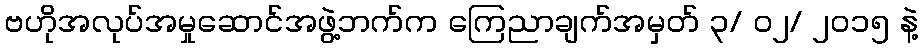
ဗဟိုအလုပ်အမှုဆောင်အဖွဲ့ဘက်က ကြေညာချက်အမှတ် ၃/ ၀၂/ ၂၀၁၅ နဲ့